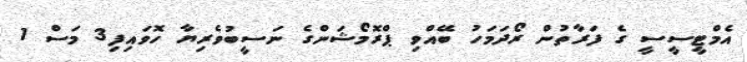
އެމްޓީީސީސީ ގެ ފަރާތުން ރޯދަމަހު ބޭއްވި ޕްރޮމޯޝަންގެ ނަސީބުވެރިޔާ ހޮވައިފި3 މަސް 1